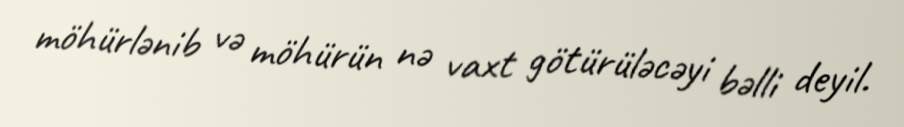
möhürlənib və möhürün nə vaxt götürüləcəyi bəlli deyil.